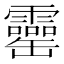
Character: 𦉣